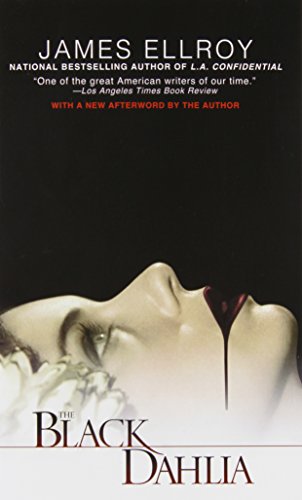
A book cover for The Black Dahlia; James Ellroy; Mystery, Thriller & Suspense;